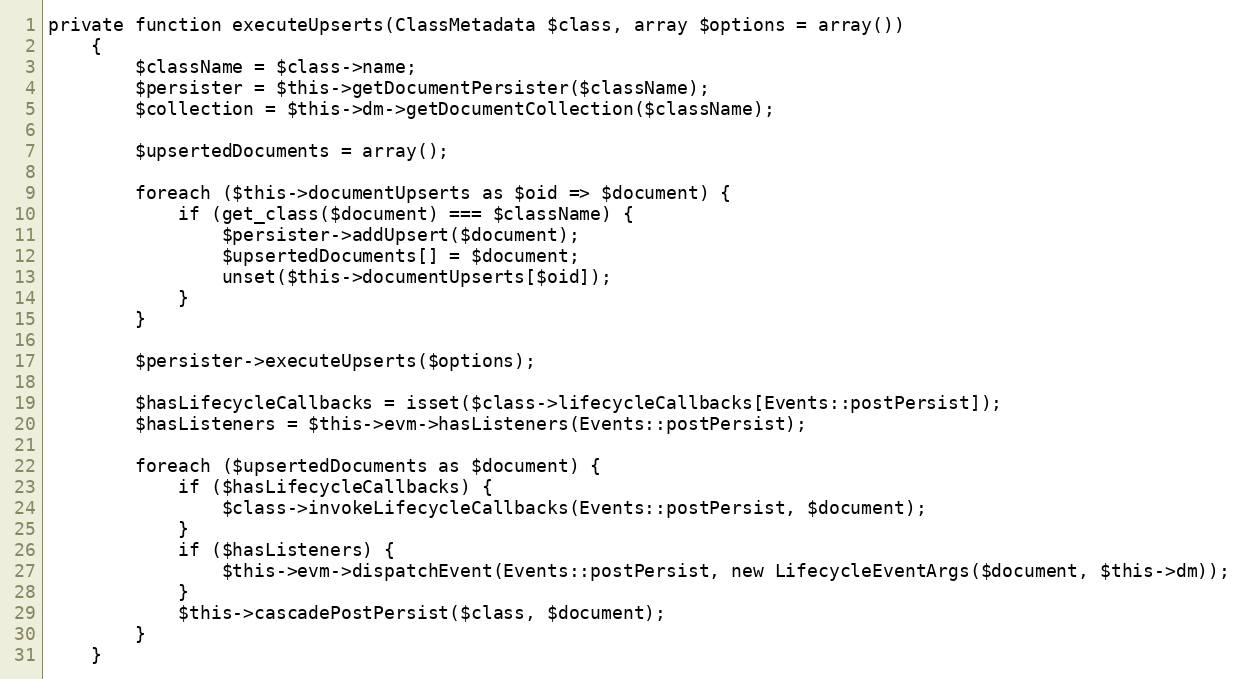
Language: PHP
private function executeUpserts(ClassMetadata $class, array $options = array())
    {
        $className = $class->name;
        $persister = $this->getDocumentPersister($className);
        $collection = $this->dm->getDocumentCollection($className);

        $upsertedDocuments = array();

        foreach ($this->documentUpserts as $oid => $document) {
            if (get_class($document) === $className) {
                $persister->addUpsert($document);
                $upsertedDocuments[] = $document;
                unset($this->documentUpserts[$oid]);
            }
        }

        $persister->executeUpserts($options);

        $hasLifecycleCallbacks = isset($class->lifecycleCallbacks[Events::postPersist]);
        $hasListeners = $this->evm->hasListeners(Events::postPersist);

        foreach ($upsertedDocuments as $document) {
            if ($hasLifecycleCallbacks) {
                $class->invokeLifecycleCallbacks(Events::postPersist, $document);
            }
            if ($hasListeners) {
                $this->evm->dispatchEvent(Events::postPersist, new LifecycleEventArgs($document, $this->dm));
            }
            $this->cascadePostPersist($class, $document);
        }
    }